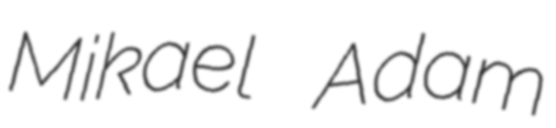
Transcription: Mikael Adam